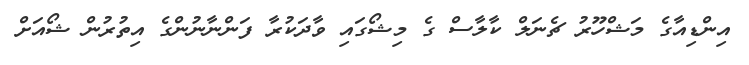
އިންޑިއާގެ މަޝްހޫރު ޗެނަލް ކާލާސް ގެ މިޝޯގައި ވާދަކުރާ ފަންނާނުންގެ އިތުރުން ޝޯއަށް